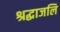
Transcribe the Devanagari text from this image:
श्रद्धाजलि